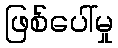
ဖြစ်ပေါ်မှု